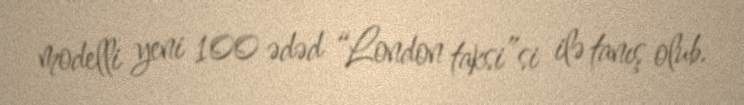
modelli yeni 100 ədəd “London taksi”si ilə tanış olub.